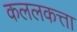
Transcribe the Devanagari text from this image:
कललकत्ता